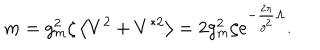
m = g _ { m } ^ { 2 } \zeta \left< V ^ { 2 } + V ^ { * 2 } \right> = 2 g _ { m } ^ { 2 } \zeta \mathrm { e } ^ { - { \frac { 2 \pi } { g ^ { 2 } } } \Lambda } .